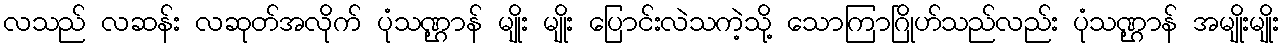
လသည် လဆန်း လဆုတ်အလိုက် ပုံသဏ္ဌာန် မျိုး မျိုး ပြောင်းလဲသကဲ့သို့ သောကြာဂြိုဟ်သည်လည်း ပုံသဏ္ဌာန် အမျိုးမျိုး